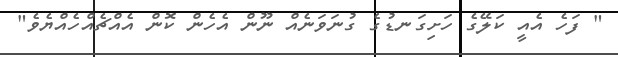
" ފަހެ އެއީ ކަލޭގެ ހަށިގަނޑުގެ ގުނަވަނެއް ނޫން އެހެން ކޮން އެއްޗެއްހެއްޔެވެ"